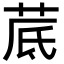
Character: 𦰘